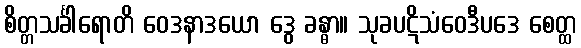
စိတ္တသင်္ခါရောတိ ဝေဒနာဒယော ဒွေ ခန္ဓာ။ သုခပဋိသံဝေဒီပဒေ စေတ္ထ